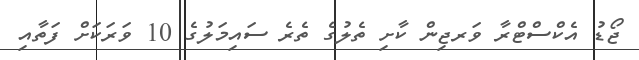
ޖޯޑު އެކްސްޓްރާ ވަރޖިން ކާށި ތެލުގެ ތެރެ ސައިމަލުގެ 10 ވަރަކަށް ފަތާއި